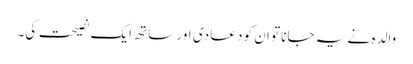
والدہ نے یہ جانا تو ان کو دعا دی اور ساتھ ایک نصیحت کی۔